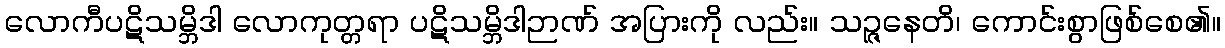
လောကီပဋိသမ္ဘိဒါ လောကုတ္တရာ ပဋိသမ္ဘိဒါဉာဏ် အပြားကို လည်း။ သဉ္ဇနေတိ၊ ကောင်းစွာဖြစ်စေ၏။